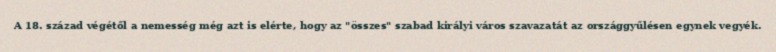
A 18. század végétől a nemesség még azt is elérte, hogy az "összes" szabad királyi város szavazatát az országgyűlésen egynek vegyék.